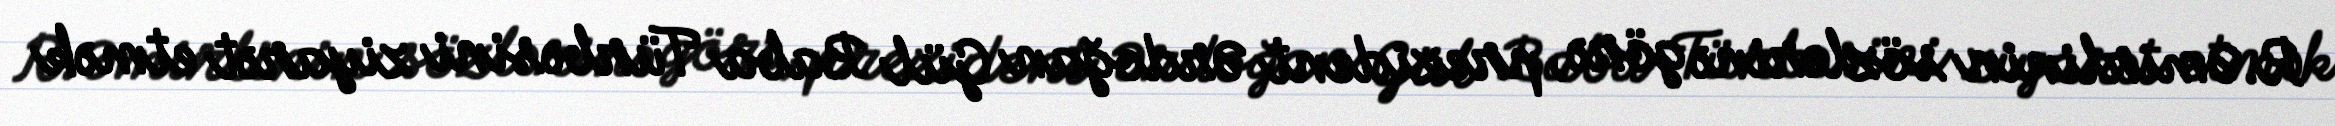
R.Əmirlinin sözlərinə görə, prezident Ərdoğan Gül Baba Türbəsini ziyarət etmək